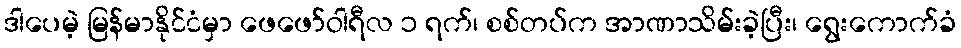
ဒါပေမဲ့ မြန်မာနိုင်ငံမှာ ဖေဖော်ဝါရီလ ၁ ရက်၊ စစ်တပ်က အာဏာသိမ်းခဲ့ပြီး၊ ရွေးကောက်ခံ